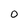
Character: O